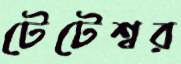
টেটেশ্বর